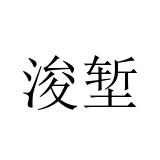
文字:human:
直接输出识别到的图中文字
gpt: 浚堑